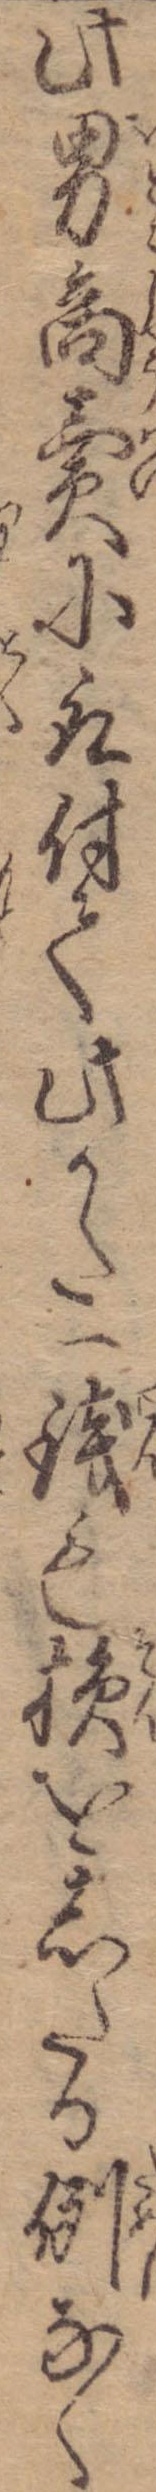
此男商売に取付て此かた一銭も損をしたる例なく